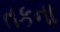
તકના